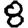
Digit: 8